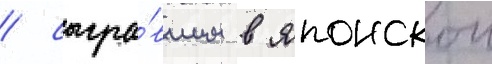
/ сыгра́вшим в японскои